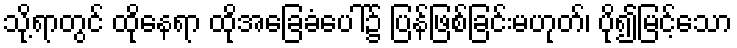
သို့ရာတွင် ထိုနေရာ ထိုအခြေခံပေါ်၌ ပြန်ဖြစ်ခြင်းမဟုတ်၊ ပို၍မြင့်သော